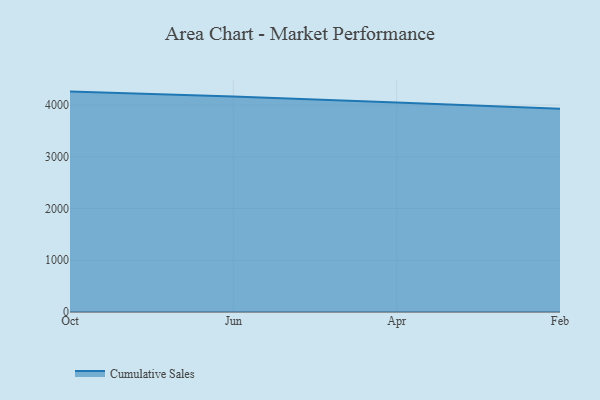
{"axis": {"x": "Month", "y": "LTV (USD)"}, "legend": ["Cumulative Sales"], "data": [{"x": "Oct", "y": 4260.9, "type": "Cumulative Sales"}, {"x": "Jun", "y": 4165.3, "type": "Cumulative Sales"}, {"x": "Apr", "y": 4050.9, "type": "Cumulative Sales"}, {"x": "Feb", "y": 3927.8, "type": "Cumulative Sales"}]}